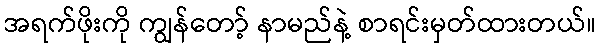
အရက်ဖိုးကို ကျွန်တော့် နာမည်နဲ့ စာရင်းမှတ်ထားတယ်။